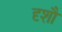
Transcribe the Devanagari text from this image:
दृशौ